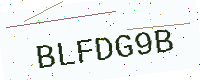
Text: BLFDG9B